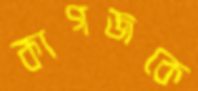
কাগজকে